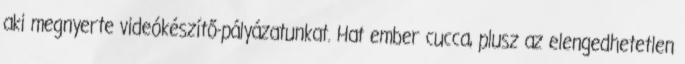
aki megnyerte videókészítő-pályázatunkat. Hat ember cucca, plusz az elengedhetetlen